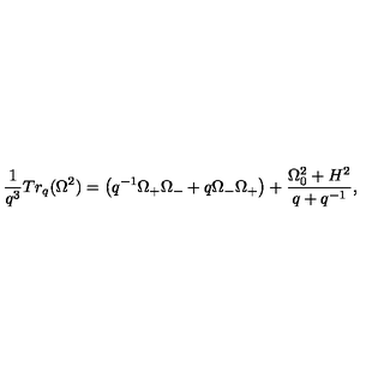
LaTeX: \frac { 1 } { q ^ { 3 } } T r _ { q } ( \Omega ^ { 2 } ) = \left( q ^ { - 1 } \Omega _ { + } \Omega _ { - } + q \Omega _ { - } \Omega _ { + } \right) + \frac { \Omega _ { 0 } ^ { 2 } + H ^ { 2 } } { q + q ^ { - 1 } } ,